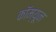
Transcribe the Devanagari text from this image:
कॉम्यून